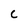
Character: c